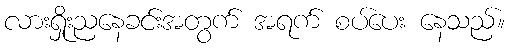
လားရှိုးညနေခင်းအတွက် အရက် စပ်ပေး နေသည်။